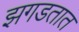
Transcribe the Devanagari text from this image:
झगडतात